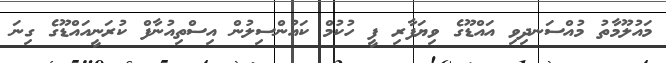
މައުލޫމާތު މުއްސަނދިވި އައްޑޫގެ ވިޔަފާރި ފީ ހުކުމް ކައުންސިލުން އިސްތިއުނާފް ކުރަނީއައްޑޫގެ ގިނަ